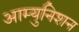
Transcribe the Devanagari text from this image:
आम्युनिशन